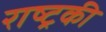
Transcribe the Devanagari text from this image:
राष्ट्रकी